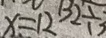
x = 1 2 1 3 2 \div 3